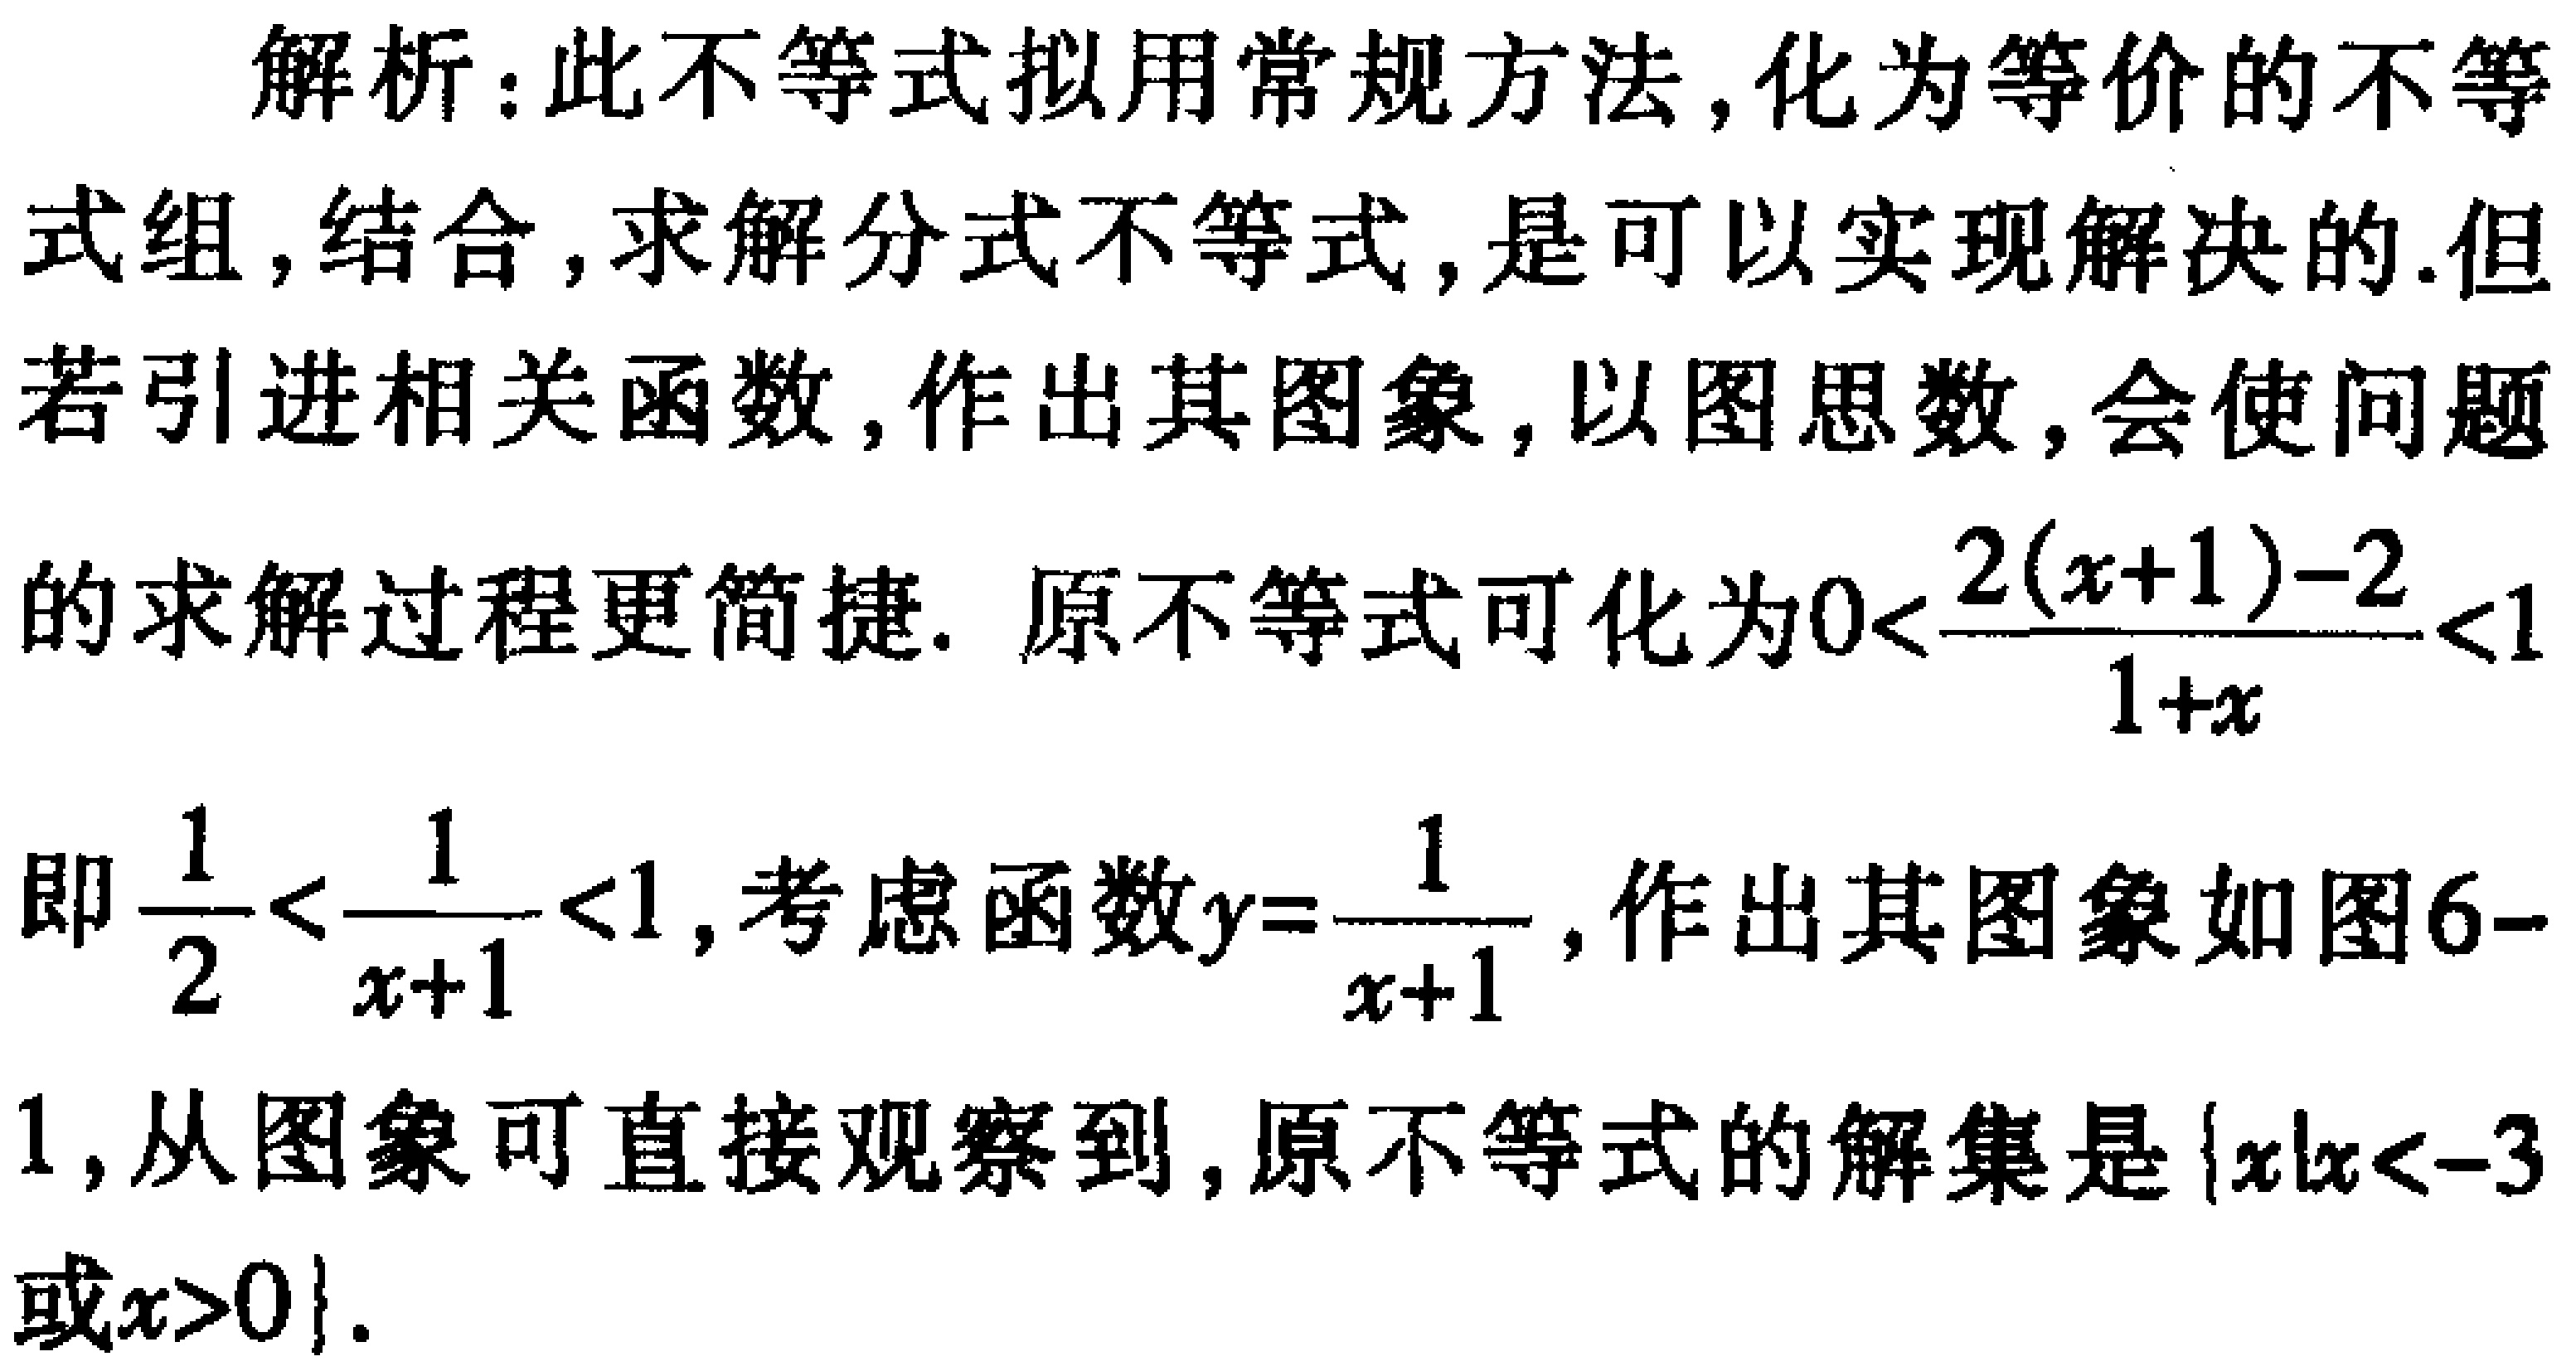
解析：此不等式拟用常规方法，化为等价的不等式组，结合，求解分式不等式，是可以实现解决的.但若引进相关函数，作出其图象，以图思数，会使问题的求解过程更简捷. 原不等式可化为\(0<\frac{2(x + 1)-2}{1 + x}<1\)即\(\frac{1}{2}<\frac{1}{x + 1}<1\)，考虑函数\(y = \frac{1}{x + 1}\)，作出其图象如图6-1，从图象可直接观察到，原不等式的解集是\(\{x|x < - 3或x>0\}\).